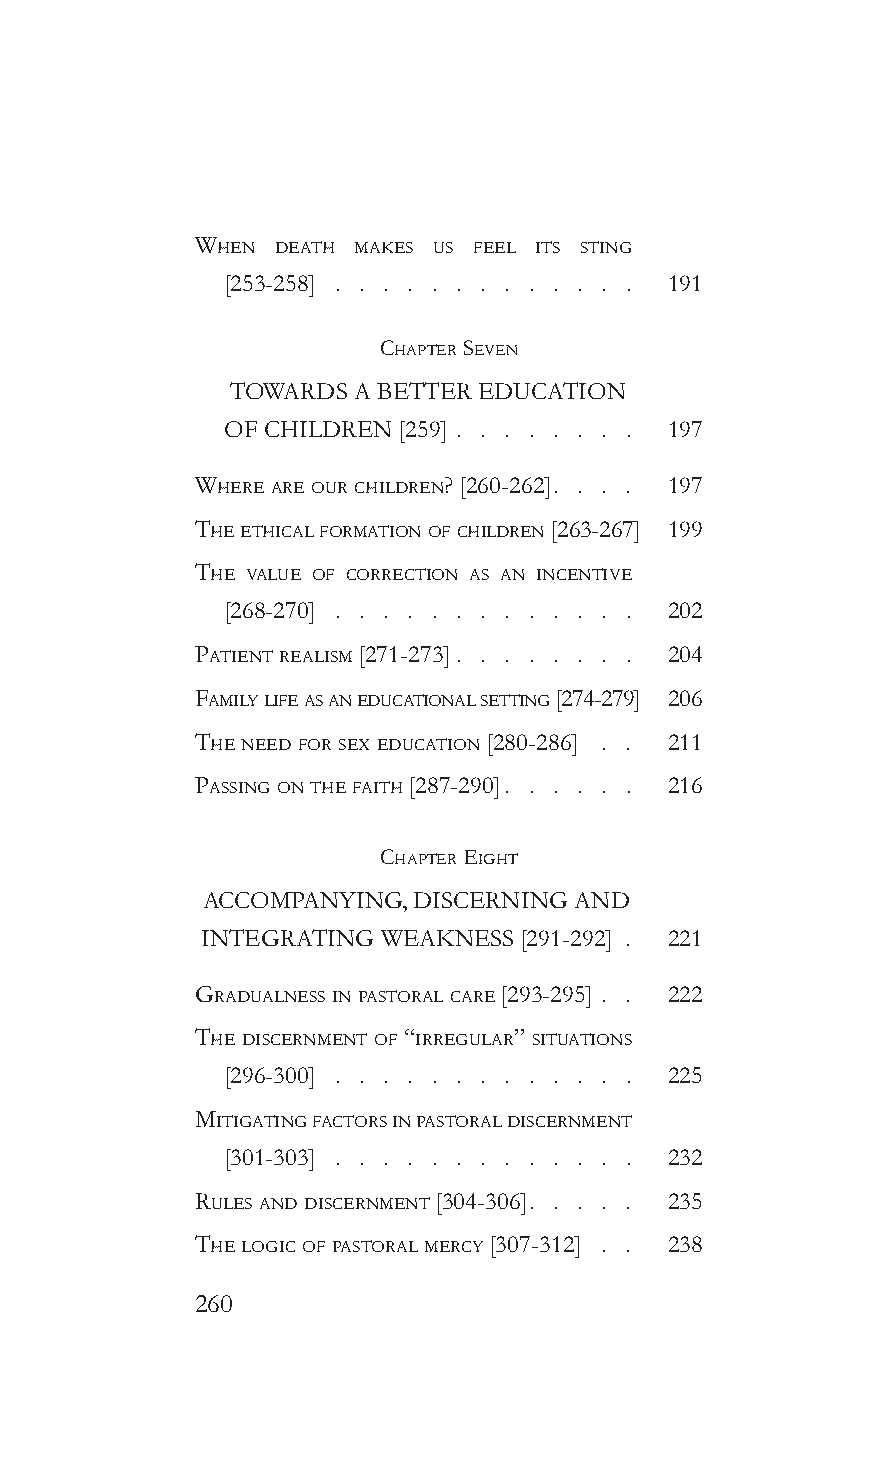
When deaTh makes us feeL iTs sTinG
 [253-258]                    191
 chapTer seven
 TOWARDS A BETTER EDUCATION
 OF CHILDREN [259] . . . . . . . . 197
 Where are our chiLdren? [260-262] 197
 The eThicaL formaTion of chiLdren [263-267] 199
 The vaLue of correcTion as an incenTive
 [268-270]                    202
 paTienT reaLism [271-273]      204
 famiLy Life as an educaTionaL seTTinG [274-279] 206
 The need for sex educaTion [280-286] 211
 passinG on The faiTh [287-290] 216
 chapTer eiGhT
 ACCOMPANYING, DISCERNING AND
 INTEGRATING WEAKNESS [291-292] . 221
 GraduaLness in pasToraL care [293-295] 222
 The discernmenT of “irreGuLar” siTuaTions
 [296-300]                    225
 miTiGaTinG facTors in pasToraL discernmenT
 [301-303]                    232
 ruLes and discernmenT [304-306] 235
 The LoGic of pasToraL mercy [307-312] 238
 260